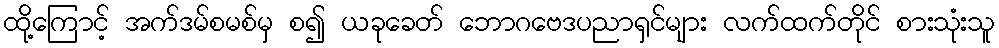
ထို့ကြောင့် အက်ဒမ်စမစ်မှ စ၍ ယခုခေတ် ဘောဂဗေဒပညာရှင်များ လက်ထက်တိုင် စားသုံးသူ